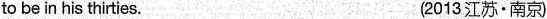
to bein his thirties. (2013江苏·南京)